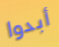
أبدوا